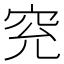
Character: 䆓